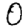
Digit: 0